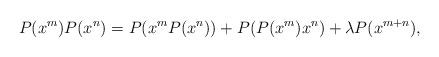
LaTeX: \begin{align*}P(x^m)P(x^n)=P(x^mP(x^n))+P(P(x^m)x^n)+\lambda P(x^{m+n}),\end{align*}